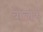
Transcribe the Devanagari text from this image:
बालार्क